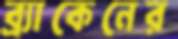
ব্র্যাকেনের